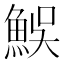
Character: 𩶭